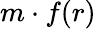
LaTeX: m\cdot f(r)